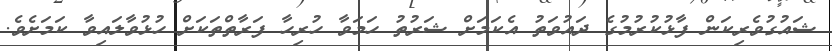
ޝައުގުވެރިކަން ފާޅުކުރުމުގެ ދައުވަތު އެކަމަށް ޝަރުތު ހަމަވާ ހުރިހާ ފަރާތްތަކަށް ހުޅުވާލައިވާ ކަމަށެވެ.